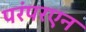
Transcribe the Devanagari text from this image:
परंपरएन